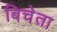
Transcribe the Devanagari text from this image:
बिचेता